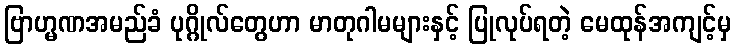
ဗြာဟ္မဏအမည်ခံ ပုဂ္ဂိုလ်တွေဟာ မာတုဂါမများနှင့် ပြုလုပ်ရတဲ့ မေထုန်အကျင့်မှ